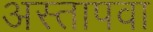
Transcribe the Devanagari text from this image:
अस्तापवा